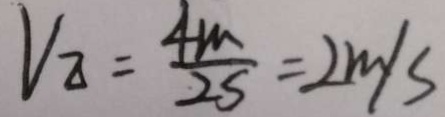
V _ { \Delta } = \frac { 4 m } { 2 S } = 2 m / s